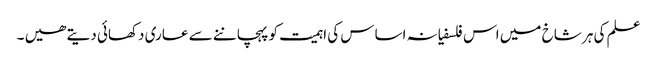
علم کی ہر شاخ میں اس فلسفیانہ اساس کی اہمیت کو پہچاننے سے عاری دکھائی دیتے ھیں ۔